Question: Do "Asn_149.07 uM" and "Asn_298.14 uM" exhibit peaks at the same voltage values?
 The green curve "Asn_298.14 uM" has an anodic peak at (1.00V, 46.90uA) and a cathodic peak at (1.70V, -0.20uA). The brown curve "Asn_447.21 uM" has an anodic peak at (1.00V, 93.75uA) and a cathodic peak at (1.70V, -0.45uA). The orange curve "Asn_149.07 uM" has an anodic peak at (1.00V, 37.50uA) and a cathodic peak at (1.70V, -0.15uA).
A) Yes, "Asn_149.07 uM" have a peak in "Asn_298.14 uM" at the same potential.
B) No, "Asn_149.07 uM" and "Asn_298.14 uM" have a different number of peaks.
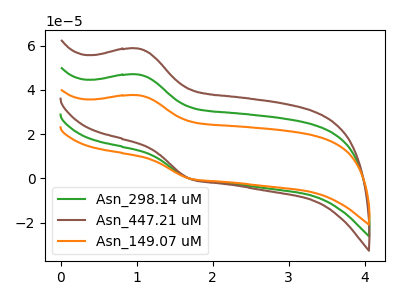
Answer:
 <answer>A) Yes, "Asn_149.07 uM" have a peak in "Asn_298.14 uM" at the same potential.</answer>
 <eval>A</eval>